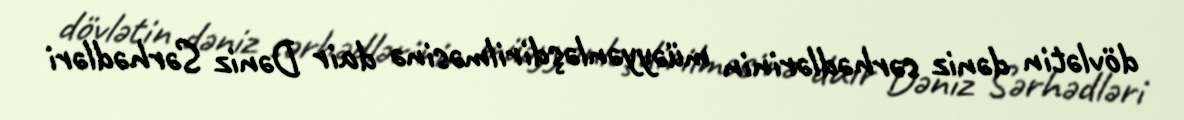
dövlətin dəniz sərhədlərinin müəyyənləşdirilməsinə dair Dəniz Sərhədləri